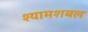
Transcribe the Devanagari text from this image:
श्यामशबल